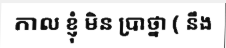
កាល ខ្ញុំ មិន ប្រាថ្នា ( នឹង